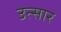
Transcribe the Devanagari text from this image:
उत्सार